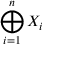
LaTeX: \bigoplus _ { i = 1 } ^ { n } X _ { i }